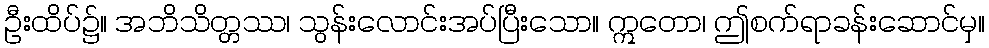
ဦးထိပ်၌။ အဘိသိတ္တဿ၊ သွန်းလောင်းအပ်ပြီးသော။ ဣတော၊ ဤစက်ရာခန်းဆောင်မှ။